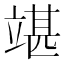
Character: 𥪘